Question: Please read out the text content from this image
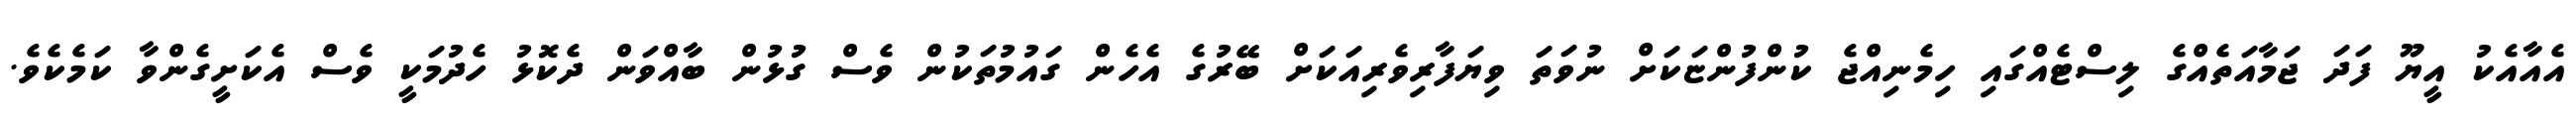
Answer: އެއާއެކު އީޔޫ ފަދަ ޖަމާއަތެއްގެ ލިސްޓެއްގައި ހިމެނިއްޖެ ކުންފުންޏަކަށް ނުވަތަ ވިޔަފާރިވެރިއަކަށް ބޭރުގެ އެހެން ގައުމުތަކުން ވެސް ގުޅުން ބާއްވަން ދެކޮޅު ހެދުމަކީ ވެސް އެކަށީގެންވާ ކަމެކެވެ.